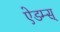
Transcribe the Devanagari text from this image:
ऐडम्स्‌